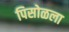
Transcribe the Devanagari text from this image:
पिसोळला